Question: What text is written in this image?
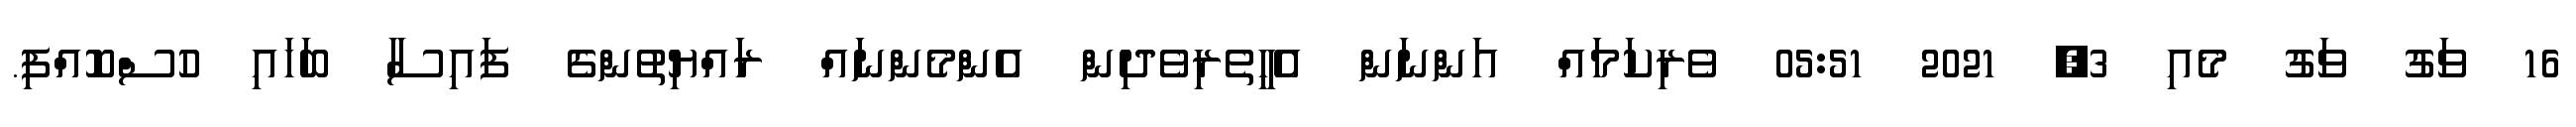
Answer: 16 ވަގު ވަގު މެއި 3, 2021 05:51 ވެރިކަމައް އަންނަން އެހީތެރިވެދިން އެންމެންނައް ރައްޔިތުންގެ ފައިސާ ބަހައި ހުސްކޮއްފި.